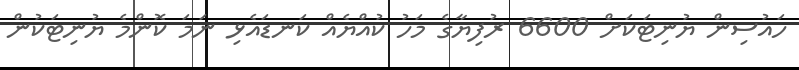
ހައުސިން ޔުނިޓަކަށް 6600 ރުފިޔާގެ މަހު ކުއްޔެއް ކަނޑައެޅި ނަމަ ކޮންމެ ޔުނިޓަކުން